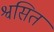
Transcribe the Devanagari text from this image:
श्वसित